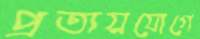
প্রত্যয়যোগে